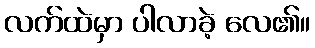
လက်ထဲမှာ ပါလာခဲ့ လေ၏။